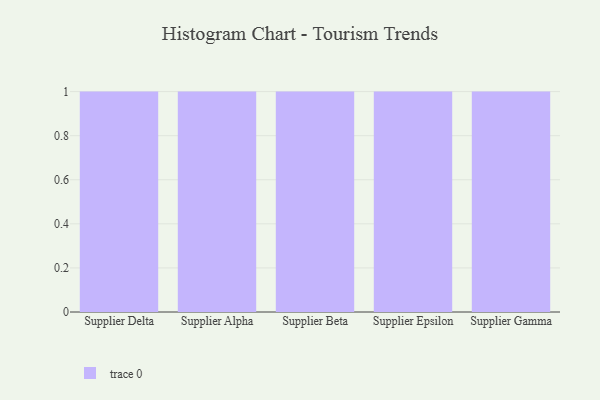
{"axis": {"x": "Supplier", "y": "Customer Acquisition Cost (USD)"}, "legend": [""], "data": [{"x": "Supplier Delta", "y": 26, "type": ""}, {"x": "Supplier Alpha", "y": 93, "type": ""}, {"x": "Supplier Beta", "y": 80, "type": ""}, {"x": "Supplier Epsilon", "y": 48, "type": ""}, {"x": "Supplier Gamma", "y": 55, "type": ""}]}